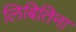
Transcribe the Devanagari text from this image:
लिबितिना